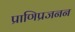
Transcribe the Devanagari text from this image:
प्राणिप्रजनन